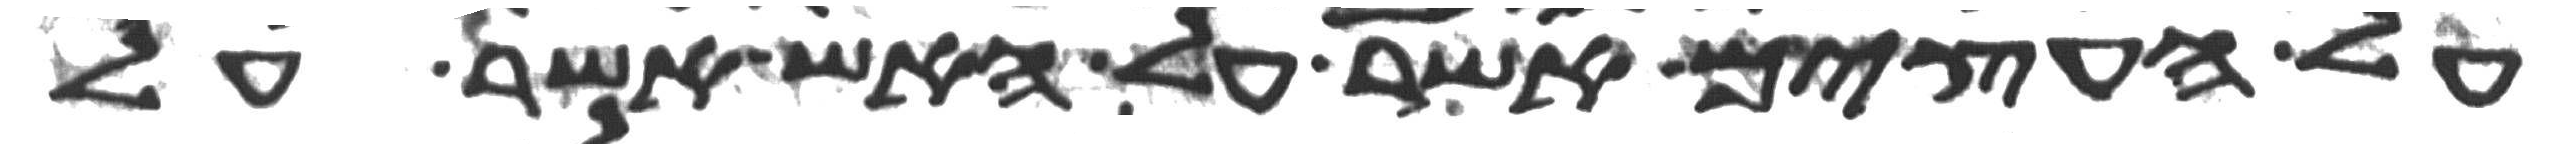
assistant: על העצים אשר על האש אשר על